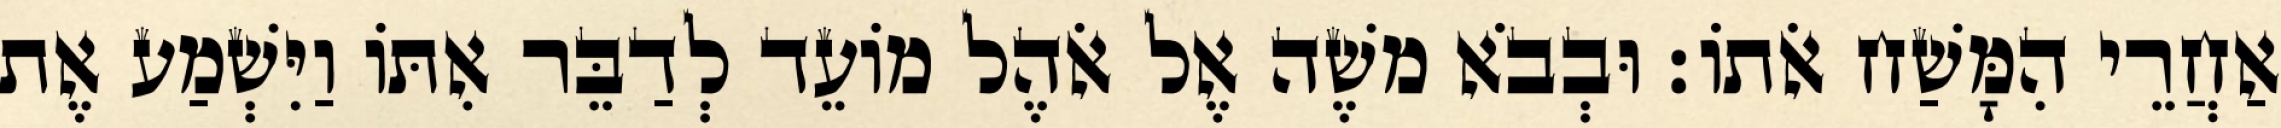
אַחֲרֵי הִמָּשַׁח אֹתוֹ׃ וּבְבֹא משֶׁה אֶל אֹהֶל מוֹעֵד לְדַבֵּר אִתּוֹ וַיִּשְׁמַע אֶת